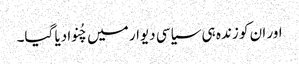
اور ان کو زندہ ہی سیاسی دیوار میں چُنوادیا گیا۔